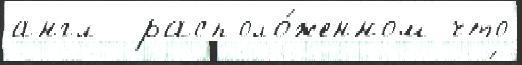
англ  располо́женном что